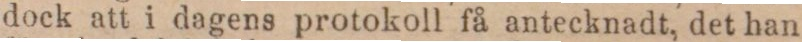
dock att i dagens protokoll få antecknadt, det han